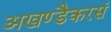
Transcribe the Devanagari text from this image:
अखण्डैकरसं